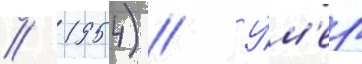
// 1954) // У́м'ер